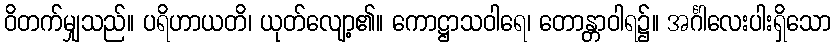
ဝိတက်မျှသည်။ ပရိဟာယတိ၊ ယုတ်လျော့၏။ ကောဋ္ဌာသဝါရေ၊ တောန္တာဝါရ၌။ အင်္ဂါလေးပါးရှိသော